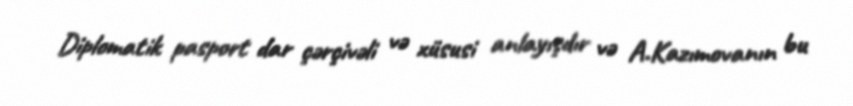
Diplomatik pasport dar çərçivəli və xüsusi anlayışdır və A.Kazımovanın bu